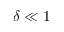
\delta \ll 1